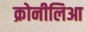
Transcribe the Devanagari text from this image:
क्रोनीलिआ